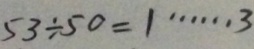
5 3 \div 5 0 = 1 \cdots 3